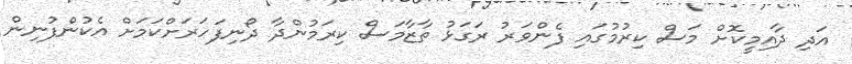
އަދި ދާއިމީކޮށް މަސް ކިރުމުގައި ފެންވަރު ރަގަޅު ތާޒާމަސް ކިރަމުންދާ ދޯނިފަހަރަށްކަމަށް އެކުންފުނިން